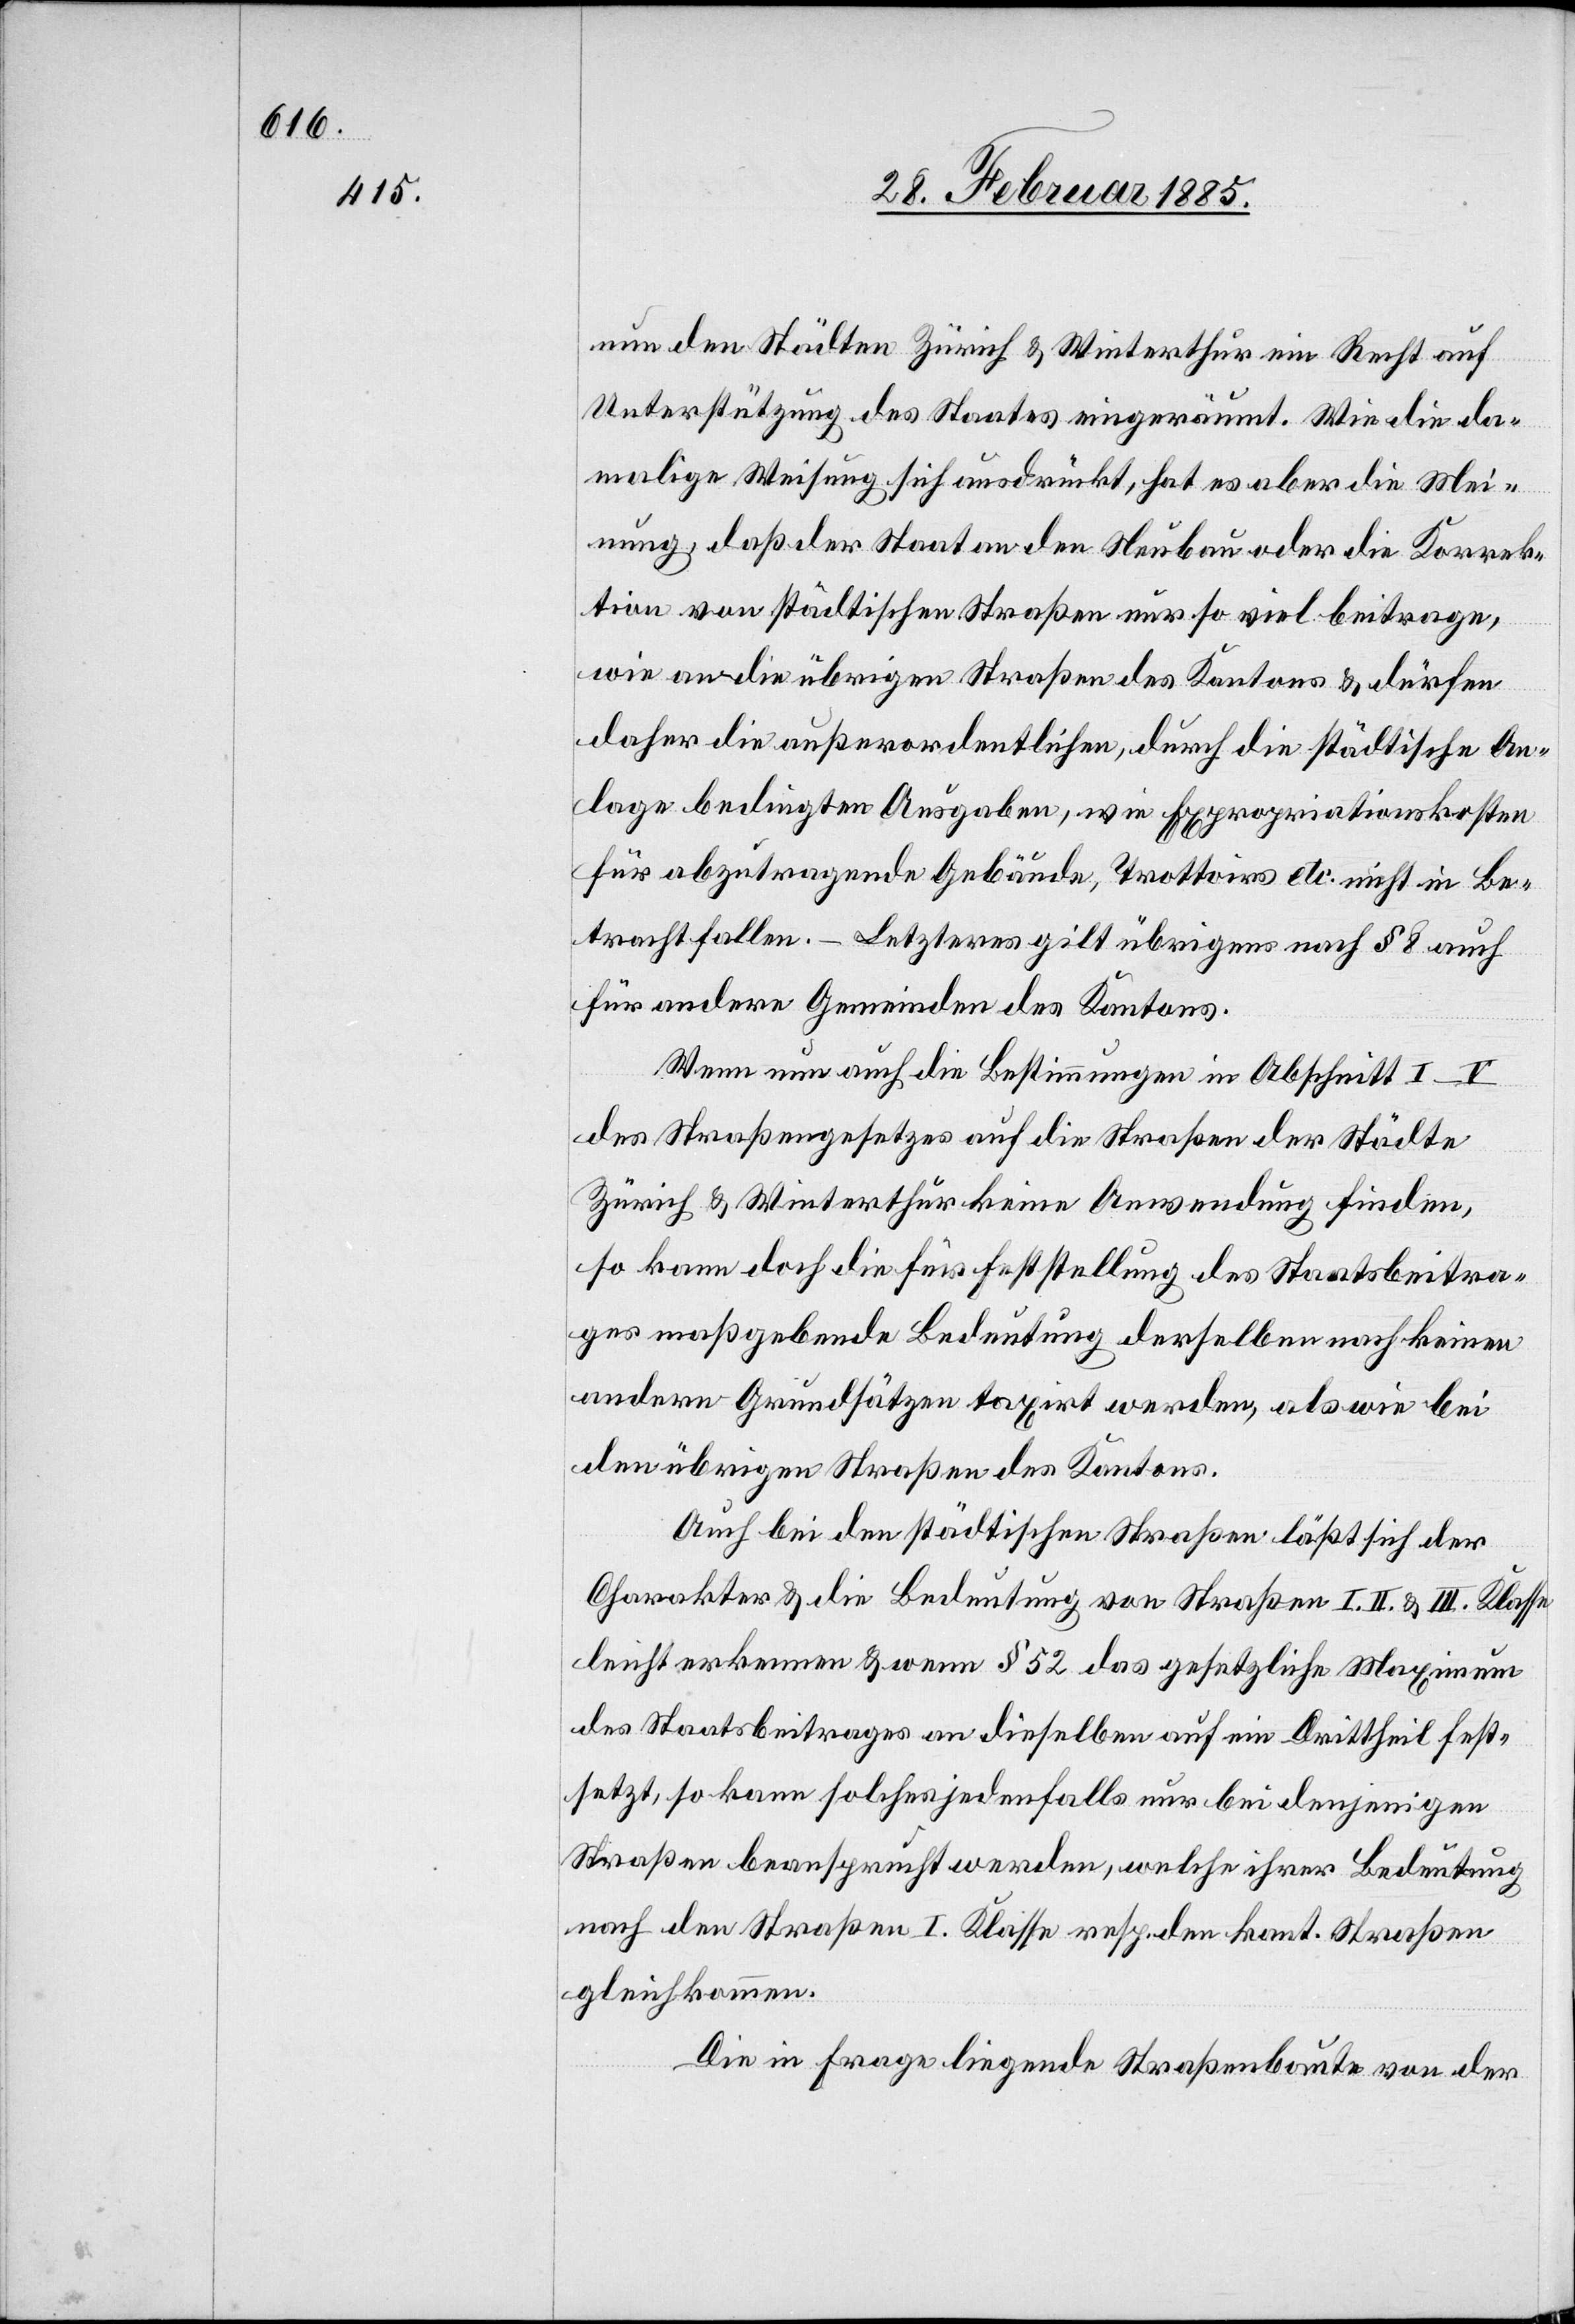
nun den Städten Zürich & Winterthur ein Recht auf
Unterstützung des Staates eingeräumt. Wie die da¬
malige Weisung sich ausdrückt, hat es aber die Mei¬
nung, daß der Staat an den Neubau oder die Korrek¬
tion von städtischen Straßen nur so viel beitrage,
wie an die übrigen Straßen des Kantons & dürfen
daher die außerordentlichen, durch die städtische An¬
lage bedingten Ausgabe, wie Expropriationskosten
für abzutragende Gebäude, Trottoirs etc. nicht in Be¬
tracht fallen. – Letzteres gilt übrigens nach § 8 auch
für andere Gemeinden des Kantons.
Wenn nun auch die Bestimmung im Abschnitt I–V
des Straßengesetzes auf die Straßen der Städte
Zürich & Winterthur keine Anwendung finden,
so kann doch die für Feststellung des Staatsbeitra¬
ges maßgebende Bedeutung derselben nach keinen
andern Grundsätzen taxirt werden, als wie bei
den übrigen Straßen des Kantons.
Auf bei den städtischen Straßen läßt sich der
Charakter & die Bedeutung von Straßen I.[,] II. & III. Klasse
leicht erkennen & wenn § 52 das gesetzliche Maximum
des Staatsbeitrages an dieselben auf ein Drittheil fest¬
setzt, so kann solches jedenfalls nur bei denjenigen
Straßen beanspruch werden, welche ihrer Bedeutung
nach den Straßen I. Klasse resp. den kant. Straßen
gleichkommen.
Die in Frage liegende Straßenbaute von der